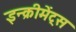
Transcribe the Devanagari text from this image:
इन्‍क्रीमेंट्‌स